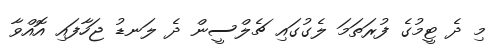
މި ދެ ޓީމުގެ ފުރަތަމަ ލެގުގައި ޗެލްސީން ދެ ލަނޑު ޖަހާފައި އޮއްވާ